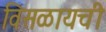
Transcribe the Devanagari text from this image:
विसळायची